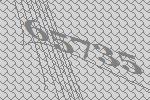
65735